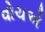
વોચએ